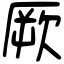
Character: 厥